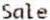
SALE